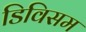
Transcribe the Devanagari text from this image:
डिविसम